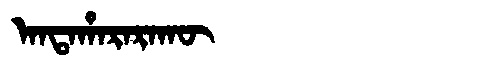
Manchu: ᠠᠨᡨᠠᡥᠠᡵᠠᡵᠠᡴᡡ
Romanization: ANTAHARARAKŪ